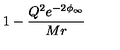
1 - { \frac { Q ^ { 2 } e ^ { - 2 \phi _ { \infty } } } { M r } }